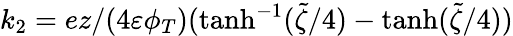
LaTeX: k_{2}=ez/(4\varepsilon\phi_{T})(\operatorname{tanh}^{-1}(\tilde{\zeta}/4)-\operatorname{tanh}(\tilde{\zeta}/4))